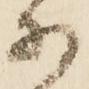
安